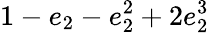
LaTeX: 1-e_{2}-e_{2}^{2}+2e_{2}^{3}